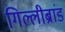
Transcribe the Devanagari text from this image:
गिल्लीब्रांड